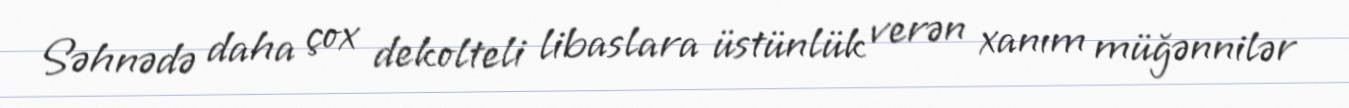
Səhnədə daha çox dekolteli libaslara üstünlük verən xanım müğənnilər